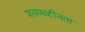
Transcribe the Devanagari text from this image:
शवासहीनता